Vaccination Hyderabad 1872-1889 - 1872-1889
Year: 1872
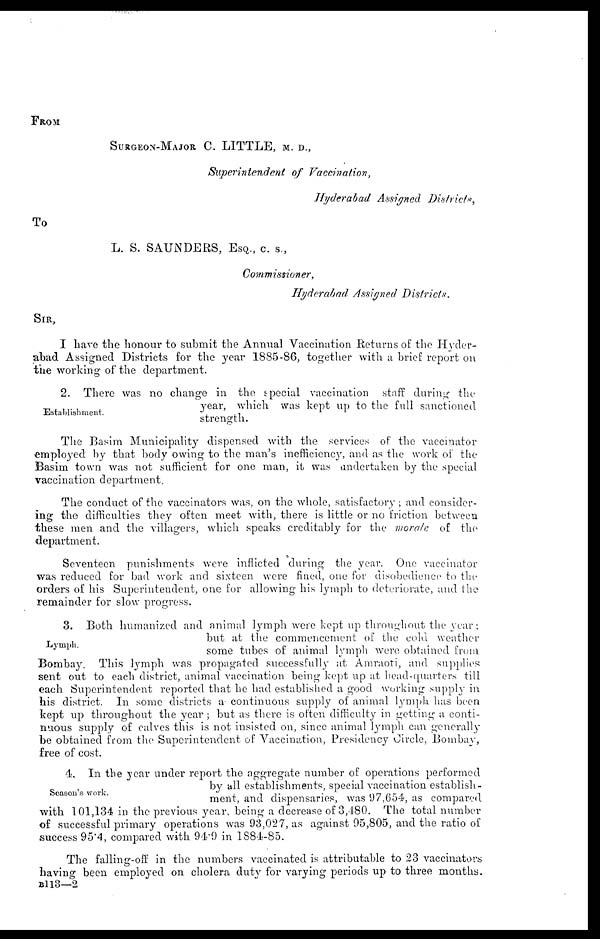
FROM
SURGEON-MAJOR C. LITTLE, M. D.,
Superintendent of Vaccination,
Hyderabad Assigned Districts,
To
L. S. SAUNDERS, ESQ., C. S.,
Commissioner,
Hyderabad Assigned Districts.
SIR,
I have the honour to submit the Annual Vaccination Returns of the Hyder-
abad Assigned Districts for the year 1885-86, together with a brief report on
the working of the department.
Establishment.
2. There was no change in the special vaccination staff during the
year, which was kept up to the full sanctioned
strength.
The Basim Municipality dispensed with the services of the vaccinator
employed by that body owing to the man's inefficiency, and as the work of the
Basim town was not sufficient for one man, it was undertaken by the special
vaccination department.
The conduct of the vaccinators was, on the whole, satisfactory; and consider-
ing the difficulties they often meet with, there is little or no friction between
these men and the villagers, which speaks creditably for the morale of the
department.
Seventeen punishments were inflicted during the year. One vaccinator
was reduced for bad work and sixteen were fined, one for disobedience to the
orders of his Superintendent, one for allowing his lymph to deteriorate, and the
remainder for slow progress.
Lymph.
3. Both humanized and animal lymph were kept up throughout the year;
but at the commencement of the cold weather
some tubes of animal lymph were obtained from
Bombay. This lymph was propagated successfully at Amraoti, and supplies
sent out to each district, animal vaccination being kept up at head-quarters till
each Superintendent reported that he had established a good working supply in
his district. In some districts a continuous supply of animal lymph has been
kept up throughout the year; but as there is often difficulty in getting a conti-
nuous supply of calves this is not insisted on, since animal lymph can generally
be obtained from the Superintendent of Vaccination, Presidency Circle, Bombay,
free of cost.
Season's work.
4. In the year under report the aggregate number of operations performed
by all establishments, special vaccination establish-
ment, and dispensaries, was 97,654, as compared
with 101,134 in the previous year, being a decrease of 3,480. The total number
of successful primary operations was 93,027, as against 95,805, and the ratio of
success 95.4, compared with 94.9 in 1884-85.
The falling-off in the numbers vaccinated is attributable to 23 vaccinators
having been employed on cholera duty for varying periods up to three months.
B113—2